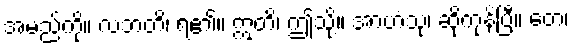
အမည်ကို။ လဘတိ၊ ရ၏။ ဣတိ၊ ဤသို့။ အာဟံသု၊ ဆိုကုန်ပြီ။ တေ၊